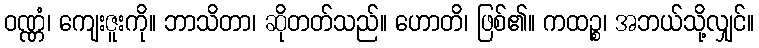
ဝဏ္ဏံ၊ ကျေးဇူးကို။ ဘာသိတာ၊ ဆိုတတ်သည်။ ဟောတိ၊ ဖြစ်၏။ ကထဉ္စ၊ အဘယ်သို့လျှင်။